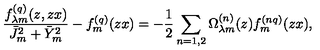
\frac { f _ { \lambda m } ^ { ( q ) } ( z , z x ) } { \bar { J } _ { m } ^ { 2 } + \bar { Y } _ { m } ^ { 2 } } - f _ { m } ^ { ( q ) } ( z x ) = - \frac { 1 } { 2 } \sum _ { n = 1 , 2 } \Omega _ { \lambda m } ^ { ( n ) } ( z ) f _ { m } ^ { ( n q ) } ( z x ) ,